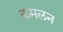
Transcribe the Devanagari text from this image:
कमलन